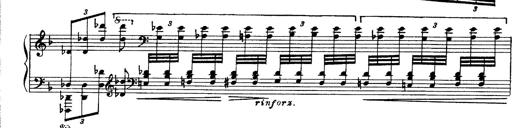
Title: Paraphrase de concert sur Ernani II
Composer: Franz Liszt